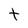
Character: t